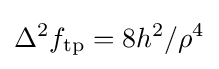
\Delta ^{2}f_{\text{tp}}=8h^{2}/\rho ^{4}